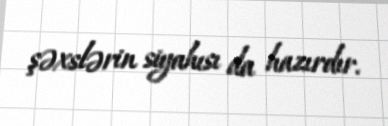
şəxslərin siyahısı da hazırdır.